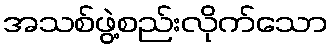
အသစ်ဖွဲ့စည်းလိုက်သော